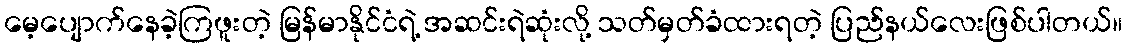
မေ့ပျောက်နေခဲ့ကြဖူးတဲ့ မြန်မာနိုင်ငံရဲ့ အဆင်းရဲဆုံးလို့ သတ်မှတ်ခံထားရတဲ့ ပြည်နယ်လေးဖြစ်ပါတယ်။